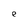
Character: e